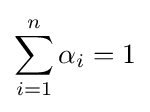
\sum _{i=1}^{n}\alpha _{i}=1